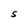
Character: S